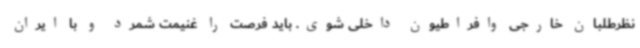
نظرطلبان خارجی وافراطیون داخلی شوی. باید فرصت را غنیمت شمرد و با ایران